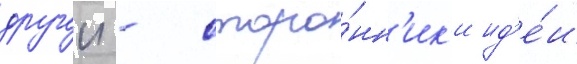
другои - сторо́нн'ик'и ид'е́и